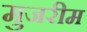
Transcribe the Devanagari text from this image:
मुजरीम